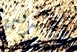
محترفين